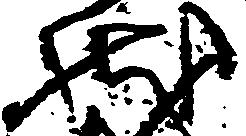
状